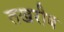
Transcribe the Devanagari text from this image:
तखरीब